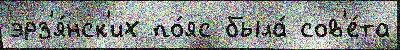
эрз'я́нск'их по́яс была́ сов'е́та